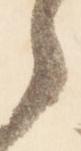
之